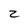
Character: z